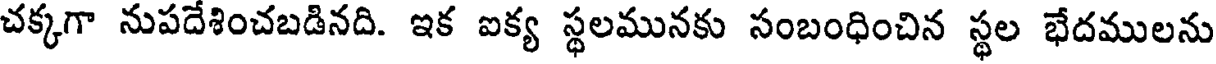
చక్కగా నుపదేశించబడినది. ఇక ఐక్య స్థలమునకు సంబంధించిన స్థల భేదములను